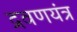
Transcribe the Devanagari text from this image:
द्रवणयंत्र